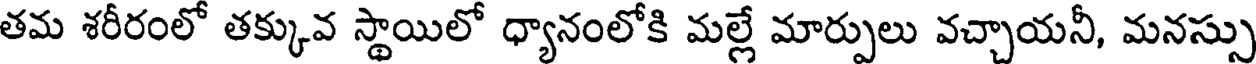
తమ శరీరంలో తక్కువ స్థాయిలో ధ్యానంలోకి మల్లే మార్పులు వచ్చాయనీ, మనస్సు